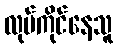
လုပ်ကိုင်နေသူ